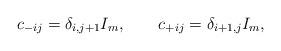
LaTeX: \begin{align*}c_{-ij} = \delta_{i, j+1} I_m, \qquad c_{+ij} = \delta_{i+1,j} I_m,\end{align*}